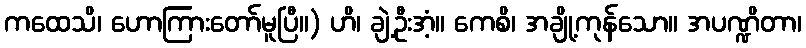
ကထေသိ၊ ဟောကြားတော်မူပြီ။) ဟိ၊ ချဲ့ဦးအံ့။ ကေစိ၊ အချို့ကုန်သော။ အပဏ္ဍိတာ၊